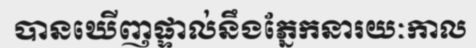
បានឃើញផ្ទាល់នឹងភ្នែកនារយៈកាល